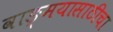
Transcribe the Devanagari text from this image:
वाङ्‌मयासाठीचा